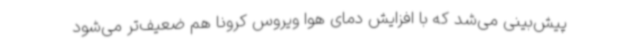
پیش‌بینی می‌شد که با افزایش دمای هوا ویروس کرونا هم ضعیف‌تر می‌شود